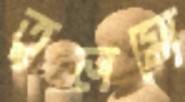
তুলমো